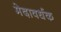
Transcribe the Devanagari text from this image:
मेदावर्धक